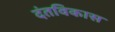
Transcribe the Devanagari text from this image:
दंतविकास